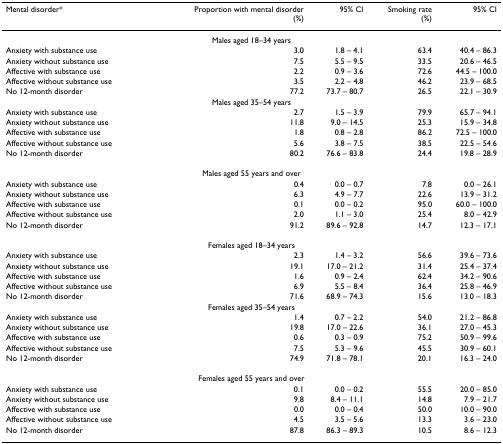
<table><thead><tr><td><b>Mental disorder*</b></td><td><b>Proportion with mental disorder(%)</b></td><td><b>95% CI</b></td><td><b>Smoking rate(%)</b></td><td><b>95% CI</b></td></tr></thead><tbody><tr><td colspan="5">Males aged 18–34 years</td></tr><tr><td>Anxiety with substance use</td><td>3.0</td><td>1.8 – 4.1</td><td>63.4</td><td>40.4 – 86.3</td></tr><tr><td>Anxiety without substance use</td><td>7.5</td><td>5.5 – 9.5</td><td>33.5</td><td>20.6 – 46.5</td></tr><tr><td>Affective with substance use</td><td>2.2</td><td>0.9 – 3.6</td><td>72.6</td><td>44.5 – 100.0</td></tr><tr><td>Affective without substance use</td><td>3.5</td><td>2.2 – 4.8</td><td>46.2</td><td>23.9 – 68.5</td></tr><tr><td>No 12-month disorder</td><td>77.2</td><td>73.7 – 80.7</td><td>26.5</td><td>22.1 – 30.9</td></tr><tr><td colspan="5">Males aged 35–54 years</td></tr><tr><td>Anxiety with substance use</td><td>2.7</td><td>1.5 – 3.9</td><td>79.9</td><td>65.7 – 94.1</td></tr><tr><td>Anxiety without substance use</td><td>11.8</td><td>9.0 – 14.5</td><td>25.3</td><td>15.9 – 34.8</td></tr><tr><td>Affective with substance use</td><td>1.8</td><td>0.8 – 2.8</td><td>86.2</td><td>72.5 – 100.0</td></tr><tr><td>Affective without substance use</td><td>5.6</td><td>3.8 – 7.5</td><td>38.5</td><td>22.5 – 54.6</td></tr><tr><td>No 12-month disorder</td><td>80.2</td><td>76.6 – 83.8</td><td>24.4</td><td>19.8 – 28.9</td></tr><tr><td colspan="5">Males aged 55 years and over</td></tr><tr><td>Anxiety with substance use</td><td>0.4</td><td>0.0 – 0.7</td><td>7.8</td><td>0.0 – 26.1</td></tr><tr><td>Anxiety without substance use</td><td>6.3</td><td>4.9 – 7.7</td><td>22.6</td><td>13.9 – 31.2</td></tr><tr><td>Affective with substance use</td><td>0.1</td><td>0.0 – 0.2</td><td>95.0</td><td>60.0 – 100.0</td></tr><tr><td>Affective without substance use</td><td>2.0</td><td>1.1 – 3.0</td><td>25.4</td><td>8.0 – 42.9</td></tr><tr><td>No 12-month disorder</td><td>91.2</td><td>89.6 – 92.8</td><td>14.7</td><td>12.3 – 17.1</td></tr><tr><td colspan="5">Females aged 18–34 years</td></tr><tr><td>Anxiety with substance use</td><td>2.3</td><td>1.4 – 3.2</td><td>56.6</td><td>39.6 – 73.6</td></tr><tr><td>Anxiety without substance use</td><td>19.1</td><td>17.0 – 21.2</td><td>31.4</td><td>25.4 – 37.4</td></tr><tr><td>Affective with substance use</td><td>1.6</td><td>0.9 – 2.4</td><td>62.4</td><td>34.2 – 90.6</td></tr><tr><td>Affective without substance use</td><td>6.9</td><td>5.5 – 8.4</td><td>36.4</td><td>25.8 – 46.9</td></tr><tr><td>No 12-month disorder</td><td>71.6</td><td>68.9 – 74.3</td><td>15.6</td><td>13.0 – 18.3</td></tr><tr><td colspan="5">Females aged 35–54 years</td></tr><tr><td>Anxiety with substance use</td><td>1.4</td><td>0.7 – 2.2</td><td>54.0</td><td>21.2 – 86.8</td></tr><tr><td>Anxiety without substance use</td><td>19.8</td><td>17.0 – 22.6</td><td>36.1</td><td>27.0 – 45.3</td></tr><tr><td>Affective with substance use</td><td>0.6</td><td>0.3 – 0.9</td><td>75.2</td><td>50.9 – 99.6</td></tr><tr><td>Affective without substance use</td><td>7.5</td><td>5.3 – 9.6</td><td>45.5</td><td>30.9 – 60.1</td></tr><tr><td>No 12-month disorder</td><td>74.9</td><td>71.8 – 78.1</td><td>20.1</td><td>16.3 – 24.0</td></tr><tr><td colspan="5">Females aged 55 years and over</td></tr><tr><td>Anxiety with substance use</td><td>0.1</td><td>0.0 – 0.2</td><td>55.5</td><td>20.0 – 85.0</td></tr><tr><td>Anxiety without substance use</td><td>9.8</td><td>8.4 – 11.1</td><td>14.8</td><td>7.9 – 21.7</td></tr><tr><td>Affective with substance use</td><td>0.0</td><td>0.0 – 0.4</td><td>50.0</td><td>10.0 – 90.0</td></tr><tr><td>Affective without substance use</td><td>4.5</td><td>3.5 – 5.6</td><td>13.3</td><td>3.6 – 23.0</td></tr><tr><td>No 12-month disorder</td><td>87.8</td><td>86.3 – 89.3</td><td>10.5</td><td>8.6 – 12.3</td></tr></tbody></table>